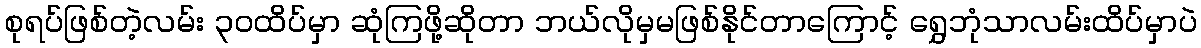
စုရပ်ဖြစ်တဲ့လမ်း ၃၀ထိပ်မှာ ဆုံကြဖို့ဆိုတာ ဘယ်လိုမှမဖြစ်နိုင်တာကြောင့် ရွှေဘုံသာလမ်းထိပ်မှာပဲ